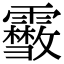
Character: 𩆥